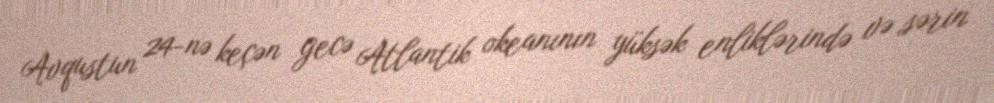
Avqustun 24-nə keçən gecə Atlantik okeanının yüksək enliklərində və sərin